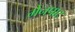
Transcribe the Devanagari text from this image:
मेनपाट